Investigations into the jail dietaries of the United Provinces with some observations on the influence of dietary on the physical development and well-being of the people of the United Provinces - Number 48
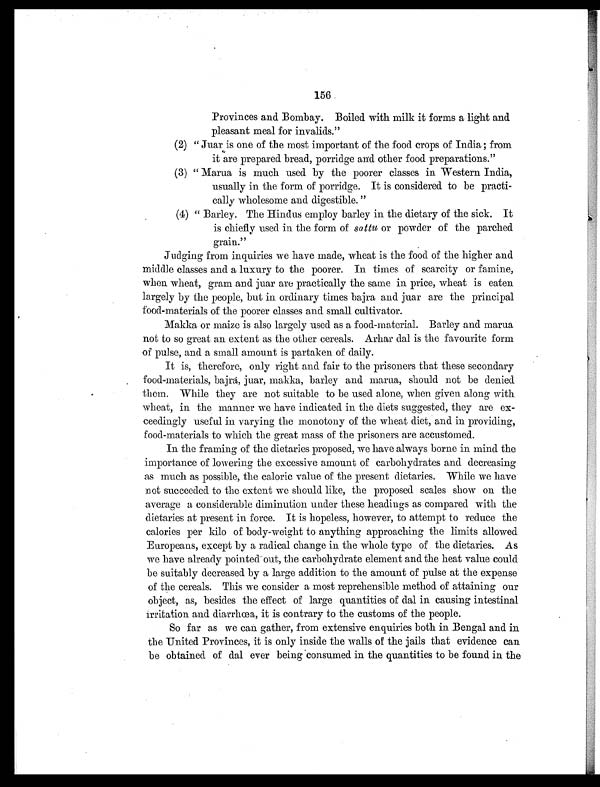
156
Provinces and Bombay. Boiled with milk it forms a light and
pleasant meal for invalids."
(2) " Juar is one of the most important of the food crops of India ; from
it are prepared bread, porridge and other food preparations."
(3) " Marua is much used by the poorer classes in Western India,
usually in the form of porridge. It is considered to be practi-
cally wholesome and digestible."
(4) " Barley. The Hindus employ barley in the dietary of the sick. It
is chiefly used in the form of sattu or powder of the parched
grain."
Judging from inquiries we have made, wheat is the food of the higher and
middle classes and a luxury to the poorer. In times, of scarcity or famine,
when wheat, gram and juar are practically the same in price, wheat is eaten
largely by the people, but in ordinary times bajra and juar are the principal
food-materials of the poorer classes and small cultivator.
Makka or maize is also largely used as a food-material. Barley and marua
not to so great an extent as the other cereals. Arhar dal is the favourite form
of pulse, and a small amount is partaken of daily.
It is, therefore, only right and fair to the prisoners that these secondary
food-materials, bajrå, juar, makka, barley and marua, should not be denied
them. While they are not suitable to be used alone, when given along with
wheat, in the manner we have indicated in the diets suggested, they are ex-
ceedingly useful in varying the monotony of the wheat diet, and in providing,
food-materials to which the great mass of the prisoners are accustomed.
In the framing of the dietaries proposed, we have always borne in mind the
importance of lowering the excessive amount of carbohydrates and decreasing
as much as possible, the caloric value of the present dietaries. While we have
not succeeded to the extent we should like, the proposed scales show on the
average a considerable diminution under these headings as compared with the
dietaries at present in force. It is hopeless, however, to attempt to reduce the
calories per kilo of body-weight to anything approaching the limits allowed
Europeans, except by a radical change in the whole type of the dietaries. As
we have already pointed out, the carbohydrate element and the heat value could
be suitably decreased by a large addition to the amount of pulse at the expense
of the cereals. This we consider a most reprehensible method. of attaining our
object, as, besides the effect of large quantities of dal in causing intestinal
irritation and diarrhoea, it is contrary to the customs of the people.
So far as we can gather, from extensive enquiries both in Bengal and in
the United Provinces, it is only inside the walls of the jails that evidence can
be obtained of dal ever being consumed in the quantities to be found in the